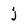
Character: j